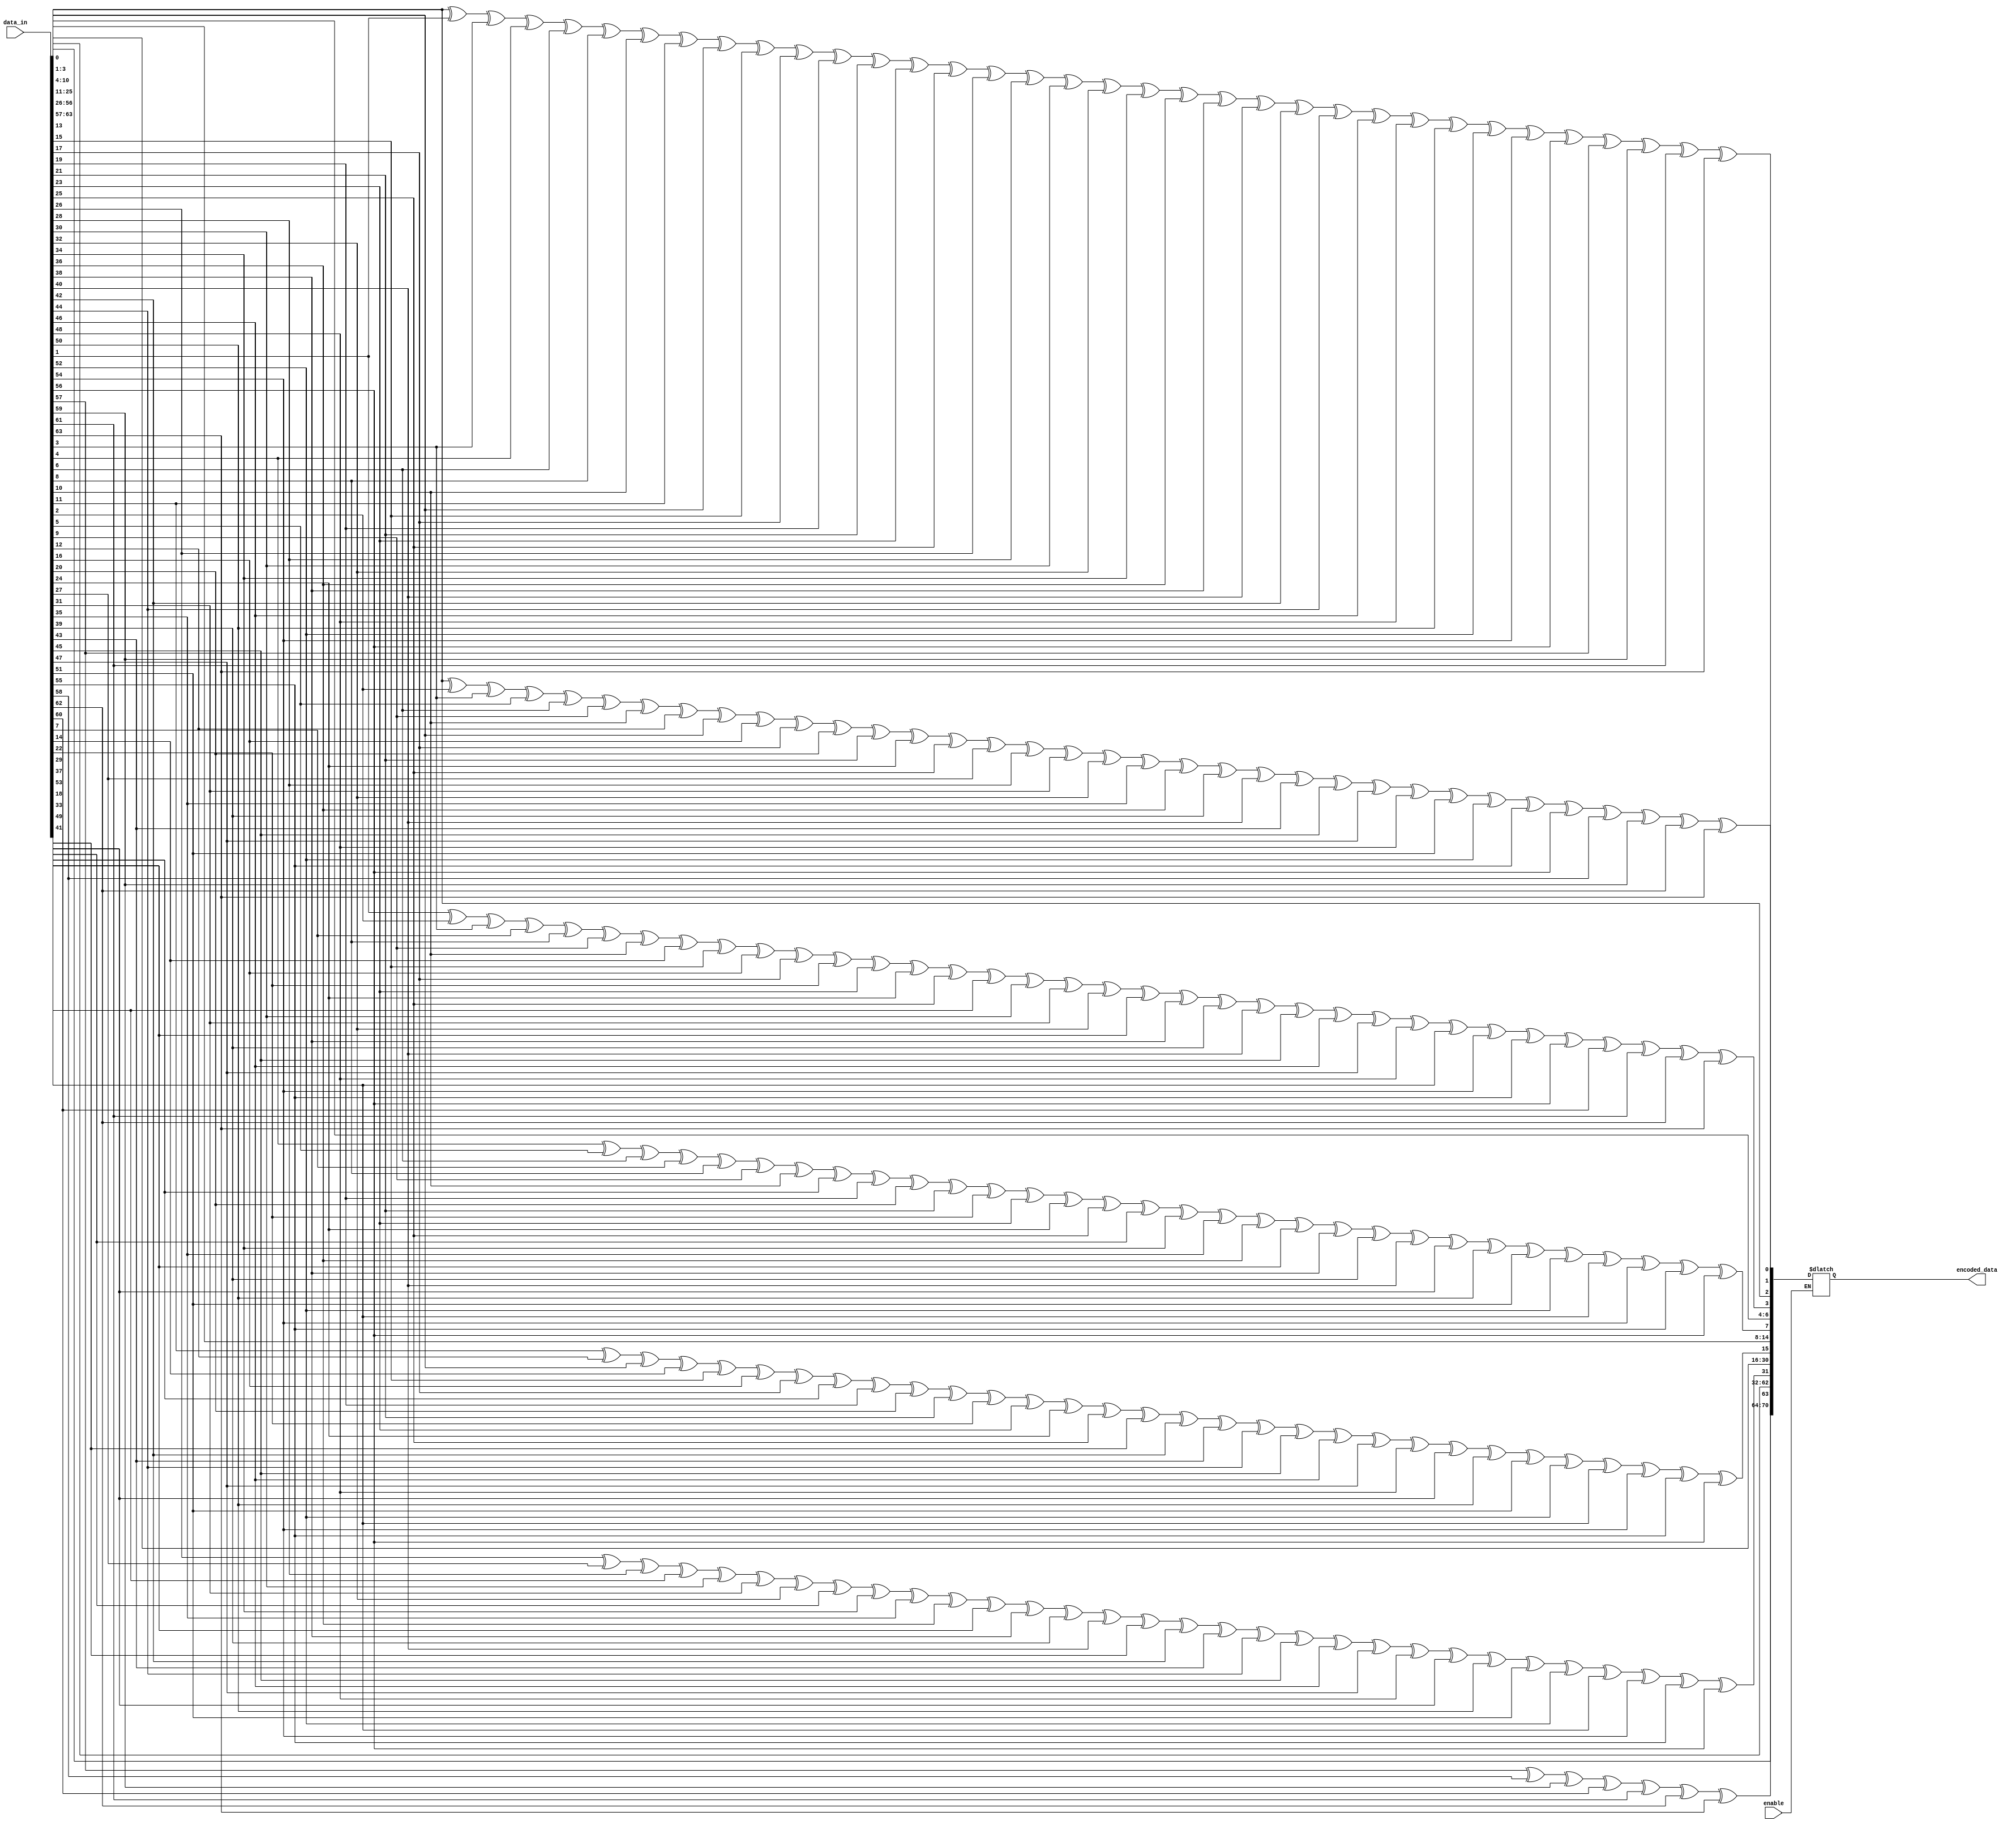
`timescale 1ns / 1ps
//////////////////////////////////////////////////////////////////////////////////
// Company: 
// Engineer: 
// 
// Design Name: 
// Module Name:    hamming_encoder 
// Project Name: 
// Target Devices: 
// Tool versions: 
// Description: 
//
// Dependencies: 
//
// Revision: 
// Revision 0.01 - File Created
// Additional Comments: 
//
//////////////////////////////////////////////////////////////////////////////////
module hamming_encoder(data_in, encoded_data, enable);
input [63:0] data_in;
input wire enable;
output reg[70:0] encoded_data;
reg [6:0] p;
always @(*)
begin
	if (enable == 1'b1)
		begin
			p[0] = data_in[0]^data_in[1]^data_in[3]^data_in[4]^data_in[6]^data_in[8]^data_in[10]^data_in[11]^data_in[13]^data_in[15]^data_in[17]^data_in[19]^data_in[21]^data_in[23]^data_in[25]^data_in[26]^data_in[28]^data_in[30]^data_in[32]^data_in[34]^data_in[36]^data_in[38]^data_in[40]^data_in[42]^data_in[44]^data_in[46]^data_in[48]^data_in[50]^data_in[52]^data_in[54]^data_in[56]^data_in[57]^data_in[59]^data_in[61]^data_in[63]; 
			p[1] = data_in[0]^data_in[2]^data_in[3]^data_in[5]^data_in[6]^data_in[9]^data_in[10]^data_in[12]^data_in[13]^data_in[16]^data_in[17]^data_in[20]^data_in[21]^data_in[24]^data_in[25]^data_in[27]^data_in[28]^data_in[31]^data_in[32]^data_in[35]^data_in[36]^data_in[39]^data_in[40]^data_in[43]^data_in[45]^data_in[47]^data_in[48]^data_in[51]^data_in[52]^data_in[55]^data_in[56]^data_in[58]^data_in[59]^data_in[62]^data_in[63];
			p[2] = data_in[1]^data_in[2]^data_in[3]^data_in[7]^data_in[8]^data_in[9]^data_in[10]^data_in[14]^data_in[15]^data_in[16]^data_in[17]^data_in[22]^data_in[23]^data_in[24]^data_in[25]^data_in[29]^data_in[30]^data_in[31]^data_in[32]^data_in[37]^data_in[38]^data_in[39]^data_in[40]^data_in[45]^data_in[46]^data_in[47]^data_in[48]^data_in[53]^data_in[54]^data_in[55]^data_in[56]^data_in[60]^data_in[61]^data_in[62]^data_in[63];
			p[3] = data_in[4]^data_in[5]^data_in[6]^data_in[7]^data_in[8]^data_in[9]^data_in[10]^data_in[18]^data_in[19]^data_in[20]^data_in[21]^data_in[22]^data_in[23]^data_in[24]^data_in[25]^data_in[33]^data_in[34]^data_in[35]^data_in[36]^data_in[37]^data_in[38]^data_in[39]^data_in[40]^data_in[49]^data_in[50]^data_in[51]^data_in[52]^data_in[53]^data_in[54]^data_in[55]^data_in[56];
			p[4] = data_in[11]^data_in[12]^data_in[13]^data_in[14]^data_in[15]^data_in[16]^data_in[17]^data_in[18]^data_in[19]^data_in[20]^data_in[21]^data_in[22]^data_in[23]^data_in[24]^data_in[25]^data_in[41]^data_in[42]^data_in[43]^data_in[44]^data_in[45]^data_in[46]^data_in[47]^data_in[48]^data_in[49]^data_in[50]^data_in[51]^data_in[52]^data_in[53]^data_in[54]^data_in[55]^data_in[56];
			p[5] = data_in[26]^data_in[27]^data_in[28]^data_in[29]^data_in[30]^data_in[31]^data_in[32]^data_in[33]^data_in[34]^data_in[35]^data_in[36]^data_in[37]^data_in[38]^data_in[39]^data_in[40]^data_in[41]^data_in[42]^data_in[43]^data_in[44]^data_in[45]^data_in[46]^data_in[47]^data_in[48]^data_in[49]^data_in[50]^data_in[51]^data_in[52]^data_in[53]^data_in[54]^data_in[55]^data_in[56];
			p[6] = data_in[57]^data_in[58]^data_in[59]^data_in[60]^data_in[61]^data_in[62]^data_in[63];
		
		encoded_data[0] = p[0];
		encoded_data[1] = p[1];
		encoded_data[2] = data_in[0];
		encoded_data[3] = p[2];
		encoded_data[4] = data_in[1];
		encoded_data[5] = data_in[2];
		encoded_data[6] = data_in[3];
		encoded_data[7] = p[3];
		encoded_data[8] = data_in[4];
		encoded_data[9] = data_in[5];
		encoded_data[10] = data_in[6];
		encoded_data[11] = data_in[7];
		encoded_data[12] = data_in[8];
		encoded_data[13] = data_in[9];
		encoded_data[14] = data_in[10];
		encoded_data[15] = p[4];
		encoded_data[16] = data_in[11];
		encoded_data[17] = data_in[12];
		encoded_data[18] = data_in[13];
		encoded_data[19] = data_in[14];
		encoded_data[20] = data_in[15];
		encoded_data[21] = data_in[16];
		encoded_data[22] = data_in[17];
		encoded_data[23] = data_in[18];
		encoded_data[24] = data_in[19];
		encoded_data[25] = data_in[20];
		encoded_data[26] = data_in[21];
		encoded_data[27] = data_in[22];
		encoded_data[28] = data_in[23];
		encoded_data[29] = data_in[24];
		encoded_data[30] = data_in[25];
		encoded_data[31] = p[5];
		encoded_data[32] = data_in[26];
		encoded_data[33] = data_in[27];
		encoded_data[34] = data_in[28];
		encoded_data[35] = data_in[29];
		encoded_data[36] = data_in[30];
		encoded_data[37] = data_in[31];
		encoded_data[38] = data_in[32];
		encoded_data[39] = data_in[33];
		encoded_data[40] = data_in[34];
		encoded_data[41] = data_in[35];
		encoded_data[42] = data_in[36];
		encoded_data[43] = data_in[37];
		encoded_data[44] = data_in[38];
		encoded_data[45] = data_in[39];
		encoded_data[46] = data_in[40];
		encoded_data[47] = data_in[41];
		encoded_data[48] = data_in[42];
		encoded_data[49] = data_in[43];
		encoded_data[50] = data_in[44];
		encoded_data[51] = data_in[45];
		encoded_data[52] = data_in[46];
		encoded_data[53] = data_in[47];
		encoded_data[54] = data_in[48];
		encoded_data[55] = data_in[49];
		encoded_data[56] = data_in[50];
		encoded_data[57] = data_in[51];
		encoded_data[58] = data_in[52];
		encoded_data[59] = data_in[53];
		encoded_data[60] = data_in[54];
		encoded_data[61] = data_in[55];
		encoded_data[62] = data_in[56];
		encoded_data[63] = p[6];
		encoded_data[64] = data_in[57];
		encoded_data[65] = data_in[58];
		encoded_data[66] = data_in[59];
		encoded_data[67] = data_in[60];
		encoded_data[68] = data_in[61];
		encoded_data[69] = data_in[62];
		encoded_data[70] = data_in[63];
		
		end
end
endmodule